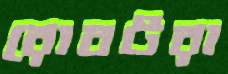
রোবটরা